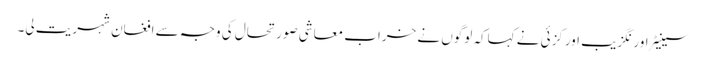
سینیٹر اور نگزیب اورکزئی نے کہاکہ لوگوں نے خراب معاشی صورتحال کی وجہ سے افغان شہریت لی۔